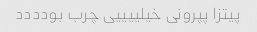
پیتزا پپرونی خیلییییی چرب بودددد